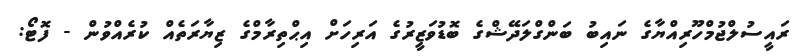
ރައީސުލްޖުމްހޫރިއްޔާގެ ނައިބު ބަންގްލަދޭޝްގެ ބޮޑުވަޒީރުގެ އަރިހަށް އިޙްތިރާމްގެ ޒިޔާރަތެއް ކުރެއްވުން - ފޮޓޯ: